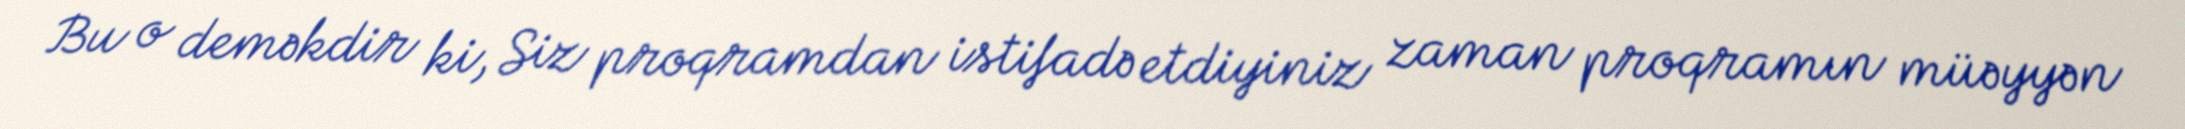
Bu o deməkdir ki, Siz proqramdan istifadə etdiyiniz zaman proqramın müəyyən